Newspaper: The Portland daily press. [volume]
Place of publication: Portland, Me.
Publisher: N.A. Foster & Co.
Date: 1880-06-26 00:00:00
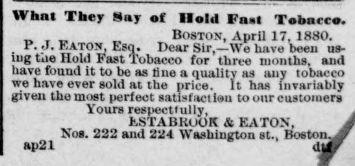
Advertisement text (OCR):
What They Say of Hold Fa»t Tobacco. Boston, April 17, 1880. P. J. Eaton, Esq. Dear Sir,—We have been us ing the Hold Fast Tobacco for three months, and have found it to be as tine a qualitv as any tobacco we have ever sold at the price. It has invariably given the most perfect satisfaction to our customers Yours respect»ully, ESTABROOK & EATON, Nos. 222 and 224 Washington st., Boston. ap2l d ψ
Label: text-only